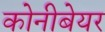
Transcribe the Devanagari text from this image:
कोनीबेयर